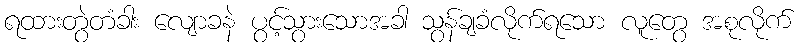
ရထားတွဲတံခါး လျောခနဲ ပွင့်သွားသောအခါ သွန်ချခံလိုက်ရသော လူတွေ အစုလိုက်